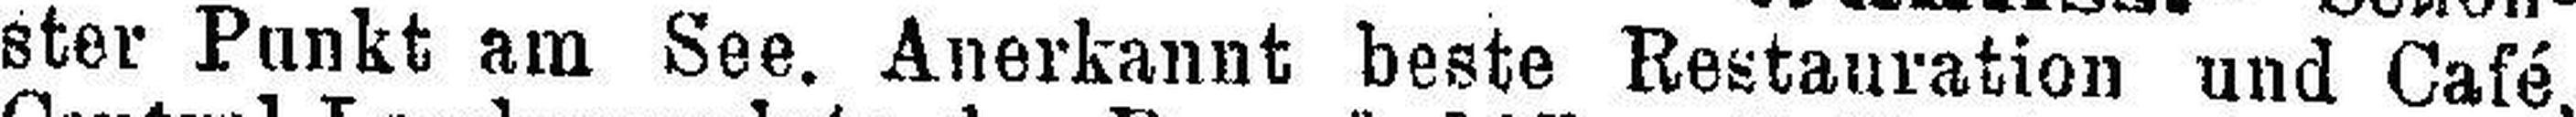
ster Punkt am See. Anerkannt beste Restauration und Café.